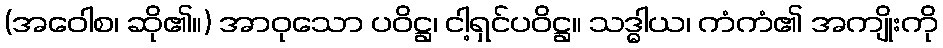
(အဝေါစ၊ ဆို၏။) အာဝုသော ပဝိဋ္ဌ၊ ငါ့ရှင်ပဝိဋ္ဌ။ သဒ္ဓါယ၊ ကံကံ၏ အကျိုးကို